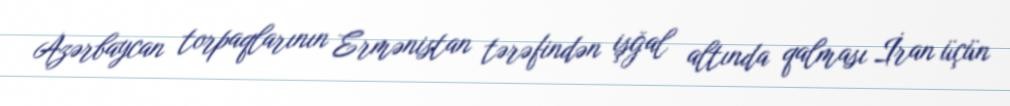
Azərbaycan torpaqlarının Ermənistan tərəfindən işğal altında qalması İran üçün